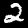
Digit: 2